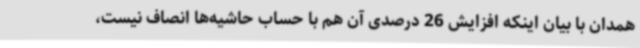
همدان با بیان اینکه افزایش 26 درصدی آن هم با حساب حاشیه‌ها انصاف نیست،